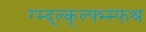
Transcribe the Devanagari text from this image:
ग्म्द्ल्क्ल्फ्भ्म्फश्र